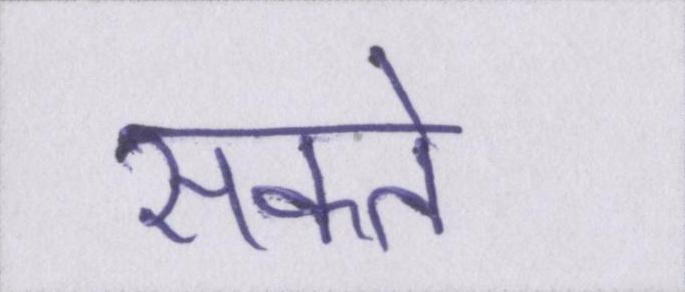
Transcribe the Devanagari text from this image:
सकते